Medical and sanitary report of the native army of Madras for the year
Year: 1877
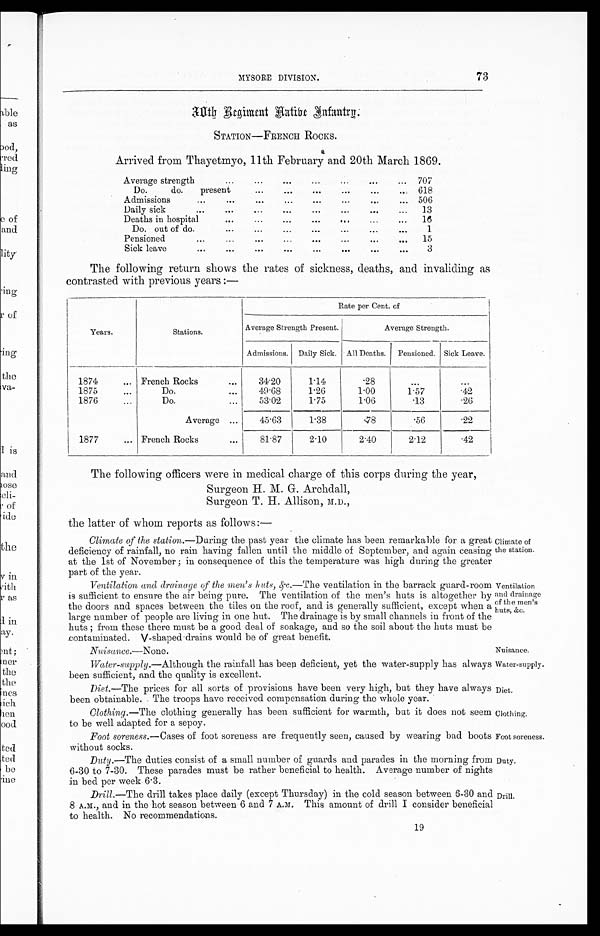
Nuisanee.—None.
Nuisance.
Water-supply.
Diet.
Clothing.
Foot soreness.
Duty.
73
MYSORE DIVISION.
30th Regiment Native Infantry.
STATION—FRENCH ROCKS.
Arrived from Thayetmyo, 11th February and 20th March 1869.
Average strength
. . .
. . .
. . .
...
...
. . .
... 707
Do.
do.
present
...
. . .
. . .
...
...
. . . 618
Admissions
...
...
...
...
...
...
...
... 506
Daily sick
...
...
. . .
...
...
...
. . .
...
13
Deaths in hospital
. . .
...
...
...
...
...
...
16
Do. out of do.
...
...
...
...
...
...
. . .
1
Pensioned
...
...
...
...
. . .
...
. . .
. . .
15
Sick leave
...
...
. . . ...
...
. . .
. . .
. . .
3
The following return shows the rates of sickness, deaths, and invaliding as
contrasted with previous years :—
Years.
Stations.
Rate per Cent. of
Average Strength Present.
Average Strength.
Admissions. Daily Sick. All Deaths. Pensioned. Sick Leave.
1874
. . .
French Rocks
. . .
34.20
1.14
.28
. . .
. . .
1875
...
Do.
. . .
49.68
1.26
1.00
1.57
.42
1876
. . .
Do.
...
53.02
1.75
1.06
.13
.26
Average ...
45.63
1.38
.78
.56
.22
1877
... French Rocks
. . .
81.87
2.10
2.40
2.12
.42
The following officers were in medical charge of this corps during the year,
Surgeon H. M. G. Archdall,
S u r g e o n T . H . A l l i s o n , M . D . ,
the latter of whom reports as follows :—
Climate of the station.— During the past year the climate has been remarkable for a great
deficiency of rainfall, no rain having fallen until the middle of September, and again ceasing
at the 1st of November ; in consequence of this the temperature was high during the greater
part of the year.
Ventilation and drainage of the men's huts,&c.— The ventilation in the barrack guard-room
is sufficient to ensure the air being pure. The ventilation of the men's huts is altogether by
the doors and spaces between the tiles on the roof, and is generally sufficient, except when a
large number of people are living in one hut. The drainage is by small channels in front of the
huts ; from these there must be a good deal of soakage, and so the soil about the huts must be
contaminated. V-shaped drains would be of great benefit.
Climate of
the station.
Ventilation
and drainage
of the men's
huts, &c.
Water-supply.—Although the rainfall has been deficient, yet the water-supply has always
been sufficient, and the quality is excellent.
Diet.—The prices for all sorts of provisions have been very high, but they have always
been obtainable. The troops have received compensation during the whole year.
Clothing.—The clothing generally has been sufficient for warmth, but it does not seem
to be well adapted for a sepoy.
Foot soreness.—Cases of foot soreness are frequently seen, caused by wearing bad boots
without socks.
Duty.—The duties consist of a small number of guards and parades in the morning from
6-30 to 7-30. These parades must be rather beneficial to health. Average number of nights
in bed per week 6.3.
Drill.—The drill takes place daily (except Thursday) in the cold season between 6-30 and
8 A.M., and in the hot season between 6 and 7 A.M. This amount of drill I consider beneficial
to health. No recommendations.
Drill.
19